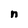
Character: n